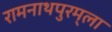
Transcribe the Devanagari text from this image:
रामनाथपुरम्‌ला